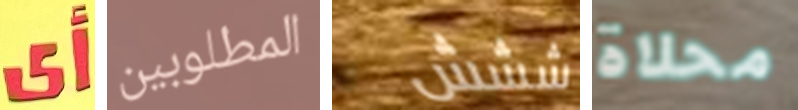
أي المطلوبين ششش محلاة